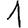
Digit: 1